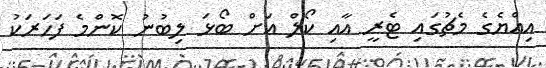
އިއްޔެގެ މެޗުގައި ޓެރީ އާއި ކޯލް އަށް ބޯޅަ ލިބުނު ކޮންމެ ފަހަރަކު